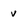
Character: v